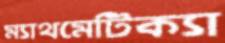
ম্যাথমেটিক্যা